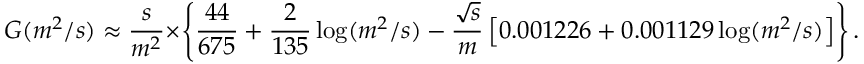
G ( m ^ { 2 } / s ) \approx { \frac { s } { m ^ { 2 } } } \times \left\{ { \frac { 4 4 } { 6 7 5 } } + { \frac { 2 } { 1 3 5 } } \log ( m ^ { 2 } / s ) - { \frac { \sqrt { s } } { m } } \left[ 0 . 0 0 1 2 2 6 + 0 . 0 0 1 1 2 9 \log ( m ^ { 2 } / s ) \right] \right\} .